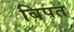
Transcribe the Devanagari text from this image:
बिपत